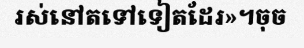
រស់នៅតទៅទៀតដែរ»។ចុច